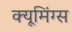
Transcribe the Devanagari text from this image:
क्यूमिंग्स